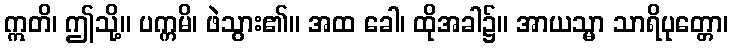
ဣတိ၊ ဤသို့။ ပက္ကမိ၊ ဖဲသွား၏။ အထ ခေါ၊ ထိုအခါ၌။ အာယသ္မာ သာရိပုတ္တော၊